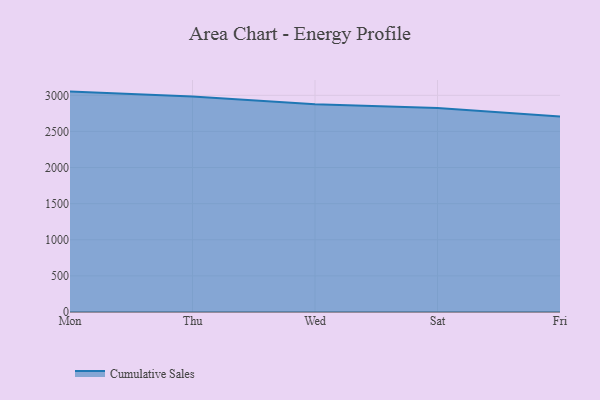
{"axis": {"x": "Day", "y": "Operating Costs (USD K)"}, "legend": ["Cumulative Sales"], "data": [{"x": "Mon", "y": 3051.5, "type": "Cumulative Sales"}, {"x": "Thu", "y": 2982.2, "type": "Cumulative Sales"}, {"x": "Wed", "y": 2877.3, "type": "Cumulative Sales"}, {"x": "Sat", "y": 2823.1, "type": "Cumulative Sales"}, {"x": "Fri", "y": 2707.0, "type": "Cumulative Sales"}]}